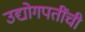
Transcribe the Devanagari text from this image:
उद्योगपतींची